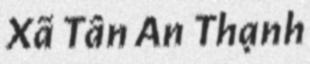
Xã Tân An Thạnh